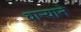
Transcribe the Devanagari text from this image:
वार्‍याने